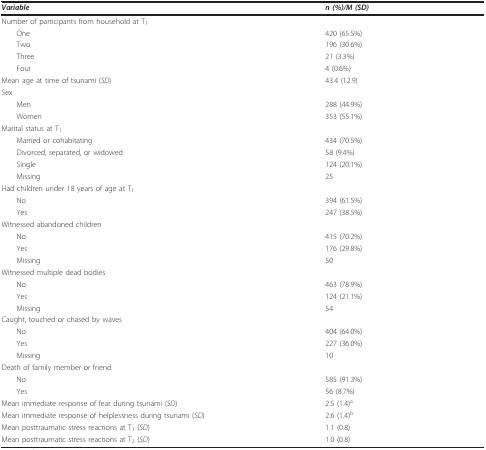
<table><thead><tr><td><b><i>Variable</i></b></td><td><b><i>n (%)/M (SD)</i></b></td></tr></thead><tbody><tr><td>Number of participants from household at T<sub>1</sub></td><td></td></tr><tr><td> One</td><td>420 (65.5%)</td></tr><tr><td> Two</td><td>196 (30.6%)</td></tr><tr><td> Three</td><td>21 (3.3%)</td></tr><tr><td> Four</td><td>4 (0.6%)</td></tr><tr><td>Mean age at time of tsunami (<i>SD</i>)</td><td>43.4 (12.9)</td></tr><tr><td>Sex</td><td></td></tr><tr><td> Men</td><td>288 (44.9%)</td></tr><tr><td> Women</td><td>353 (55.1%)</td></tr><tr><td>Marital status at T<sub>1</sub></td><td></td></tr><tr><td> Married or cohabitating</td><td>434 (70.5%)</td></tr><tr><td> Divorced, separated, or widowed</td><td>58 (9.4%)</td></tr><tr><td> Single</td><td>124 (20.1%)</td></tr><tr><td> Missing</td><td>25</td></tr><tr><td>Had children under 18 years of age at T<sub>1</sub></td><td></td></tr><tr><td> No</td><td>394 (61.5%)</td></tr><tr><td> Yes</td><td>247 (38.5%)</td></tr><tr><td>Witnessed abandoned children</td><td></td></tr><tr><td> No</td><td>415 (70.2%)</td></tr><tr><td> Yes</td><td>176 (29.8%)</td></tr><tr><td> Missing</td><td>50</td></tr><tr><td>Witnessed multiple dead bodies</td><td></td></tr><tr><td> No</td><td>463 (78.9%)</td></tr><tr><td> Yes</td><td>124 (21.1%)</td></tr><tr><td> Missing</td><td>54</td></tr><tr><td>Caught, touched or chased by waves</td><td></td></tr><tr><td> No</td><td>404 (64.0%)</td></tr><tr><td> Yes</td><td>227 (36.0%)</td></tr><tr><td> Missing</td><td>10</td></tr><tr><td>Death of family member or friend</td><td></td></tr><tr><td> No</td><td>585 (91.3%)</td></tr><tr><td> Yes</td><td>56 (8.7%)</td></tr><tr><td>Mean immediate response of fear during tsunami (<i>SD</i>)</td><td>2.5 (1.4)<sup>a</sup></td></tr><tr><td>Mean immediate response of helplessness during tsunami (<i>SD</i>)</td><td>2.6 (1.4)<sup>b</sup></td></tr><tr><td>Mean posttraumatic stress reactions at T<sub>1 </sub>(<i>SD</i>)</td><td>1.1 (0.8)</td></tr><tr><td>Mean posttraumatic stress reactions at T<sub>2 </sub>(<i>SD</i>)</td><td>1.0 (0.8)</td></tr></tbody></table>